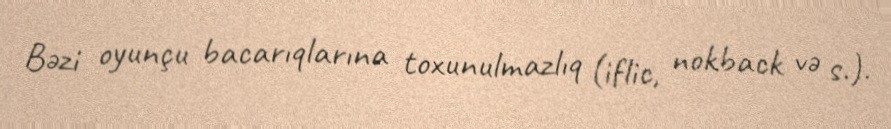
Bəzi oyunçu bacarıqlarına toxunulmazlıq (iflic, nokback və s.).